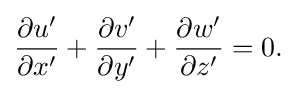
{\frac {{\partial }u'}{{\partial }x'}}+{\frac {{\partial }v'}{{\partial }y'}}+{\frac {{\partial }w'}{{\partial }z'}}=0.\,\!